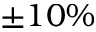
\pm 1 0 \%